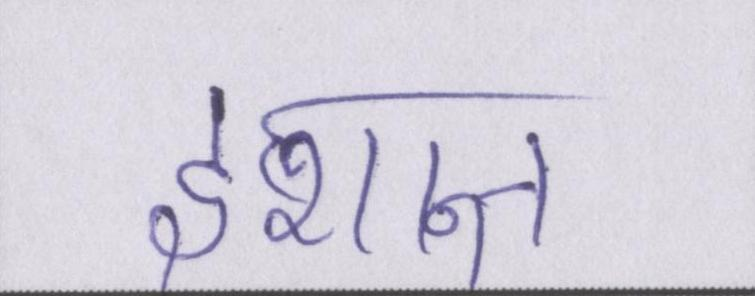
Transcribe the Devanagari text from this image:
इशान्त